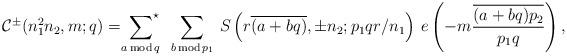
LaTeX: \begin{align*}\mathcal{C}^{\pm}(n^2_1n_2,m;q) = \sideset{}{^\star}{\displaystyle\sum}_{a \, \mathrm{mod} \, q}\,\,\,\sum_{b \, \mathrm{mod} \, p_1}\,S\left( r\overline{(a+bq)}, \pm n_{2}; p_1 qr/n_{1}\right)\,e\left(-m \frac{\overline{(a+bq) p_2}}{p_1q}\right), \end{align*}